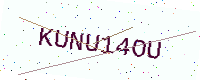
Text: KUNU14OU